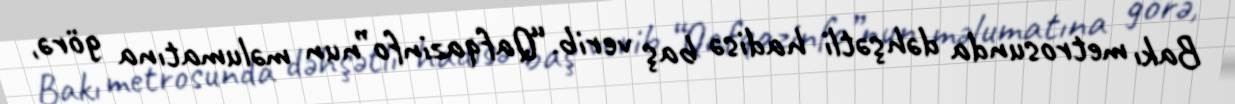
Bakı metrosunda dəhşətli hadisə baş verib.“Qafqazinfo”nun məlumatına görə,